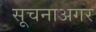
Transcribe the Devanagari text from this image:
सूचनाअगर